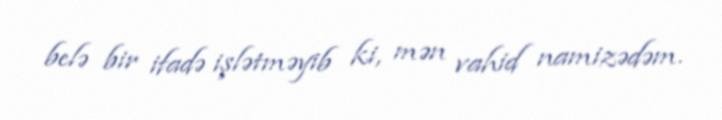
belə bir ifadə işlətməyib ki, mən vahid namizədəm.